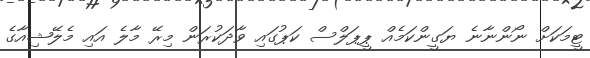
ޓީމަކަށް ނޯންނާނެ ޔަގީންކަމެއް ޕީޕަލްސް ކަޕުގައި ވާދަކުރަން މިރޭ މާލެ އައި މެލޭޝިއާގެ